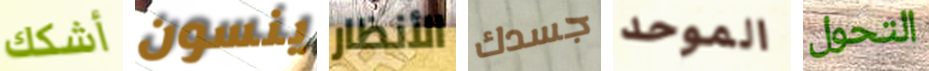
أشكك ينسون الأنظار جسدك الموحد التحول